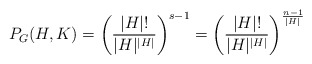
\begin{align*}P_G(H, K) = \left(\frac{\vert H\vert!}{\vert H\vert^{\vert H\vert}}\right)^{s-1} = \left(\frac{\vert H\vert!}{\vert H\vert^{\vert H\vert}}\right)^{\frac{n-1}{\vert H\vert}} \end{align*}